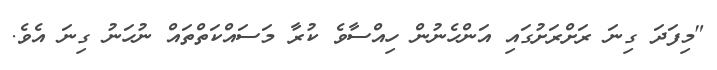
"މިފަދަ ގިނަ ރަށްރަށުގައި އަންހެނުން ހިއްސާވެ ކުރާ މަސައްކަތްތައް ނުހަނު ގިނަ އެވެ.